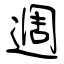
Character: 週